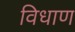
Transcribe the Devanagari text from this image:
विधाण